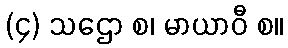
(၄) သဌော စ၊ မာယာဝီ စ။